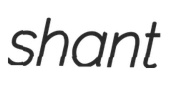
shant